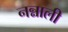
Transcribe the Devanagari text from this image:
नन्नाली